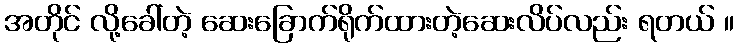
အတိုင် လို့ခေါ်တဲ့ ဆေးခြောက်ရိုက်ထားတဲ့ဆေးလိပ်လည်း ရတယ် ။